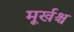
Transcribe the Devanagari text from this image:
मूर्खश्च